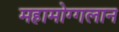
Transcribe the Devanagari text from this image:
महामोग्गलान